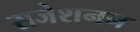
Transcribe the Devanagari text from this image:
सजेशनन